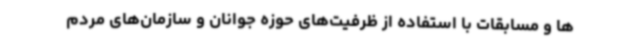
ها و مسابقات با استفاده از ظرفیت‌های حوزه جوانان و سازمان‌های مردم